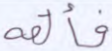
فألقه